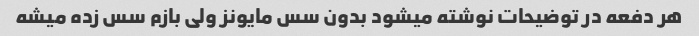
هر دفعه در توضیحات نوشته میشود بدون سس مایونز ولی بازم سس زده میشه